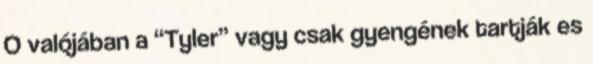
O valójában a “Tyler” vagy csak gyengének tartják es